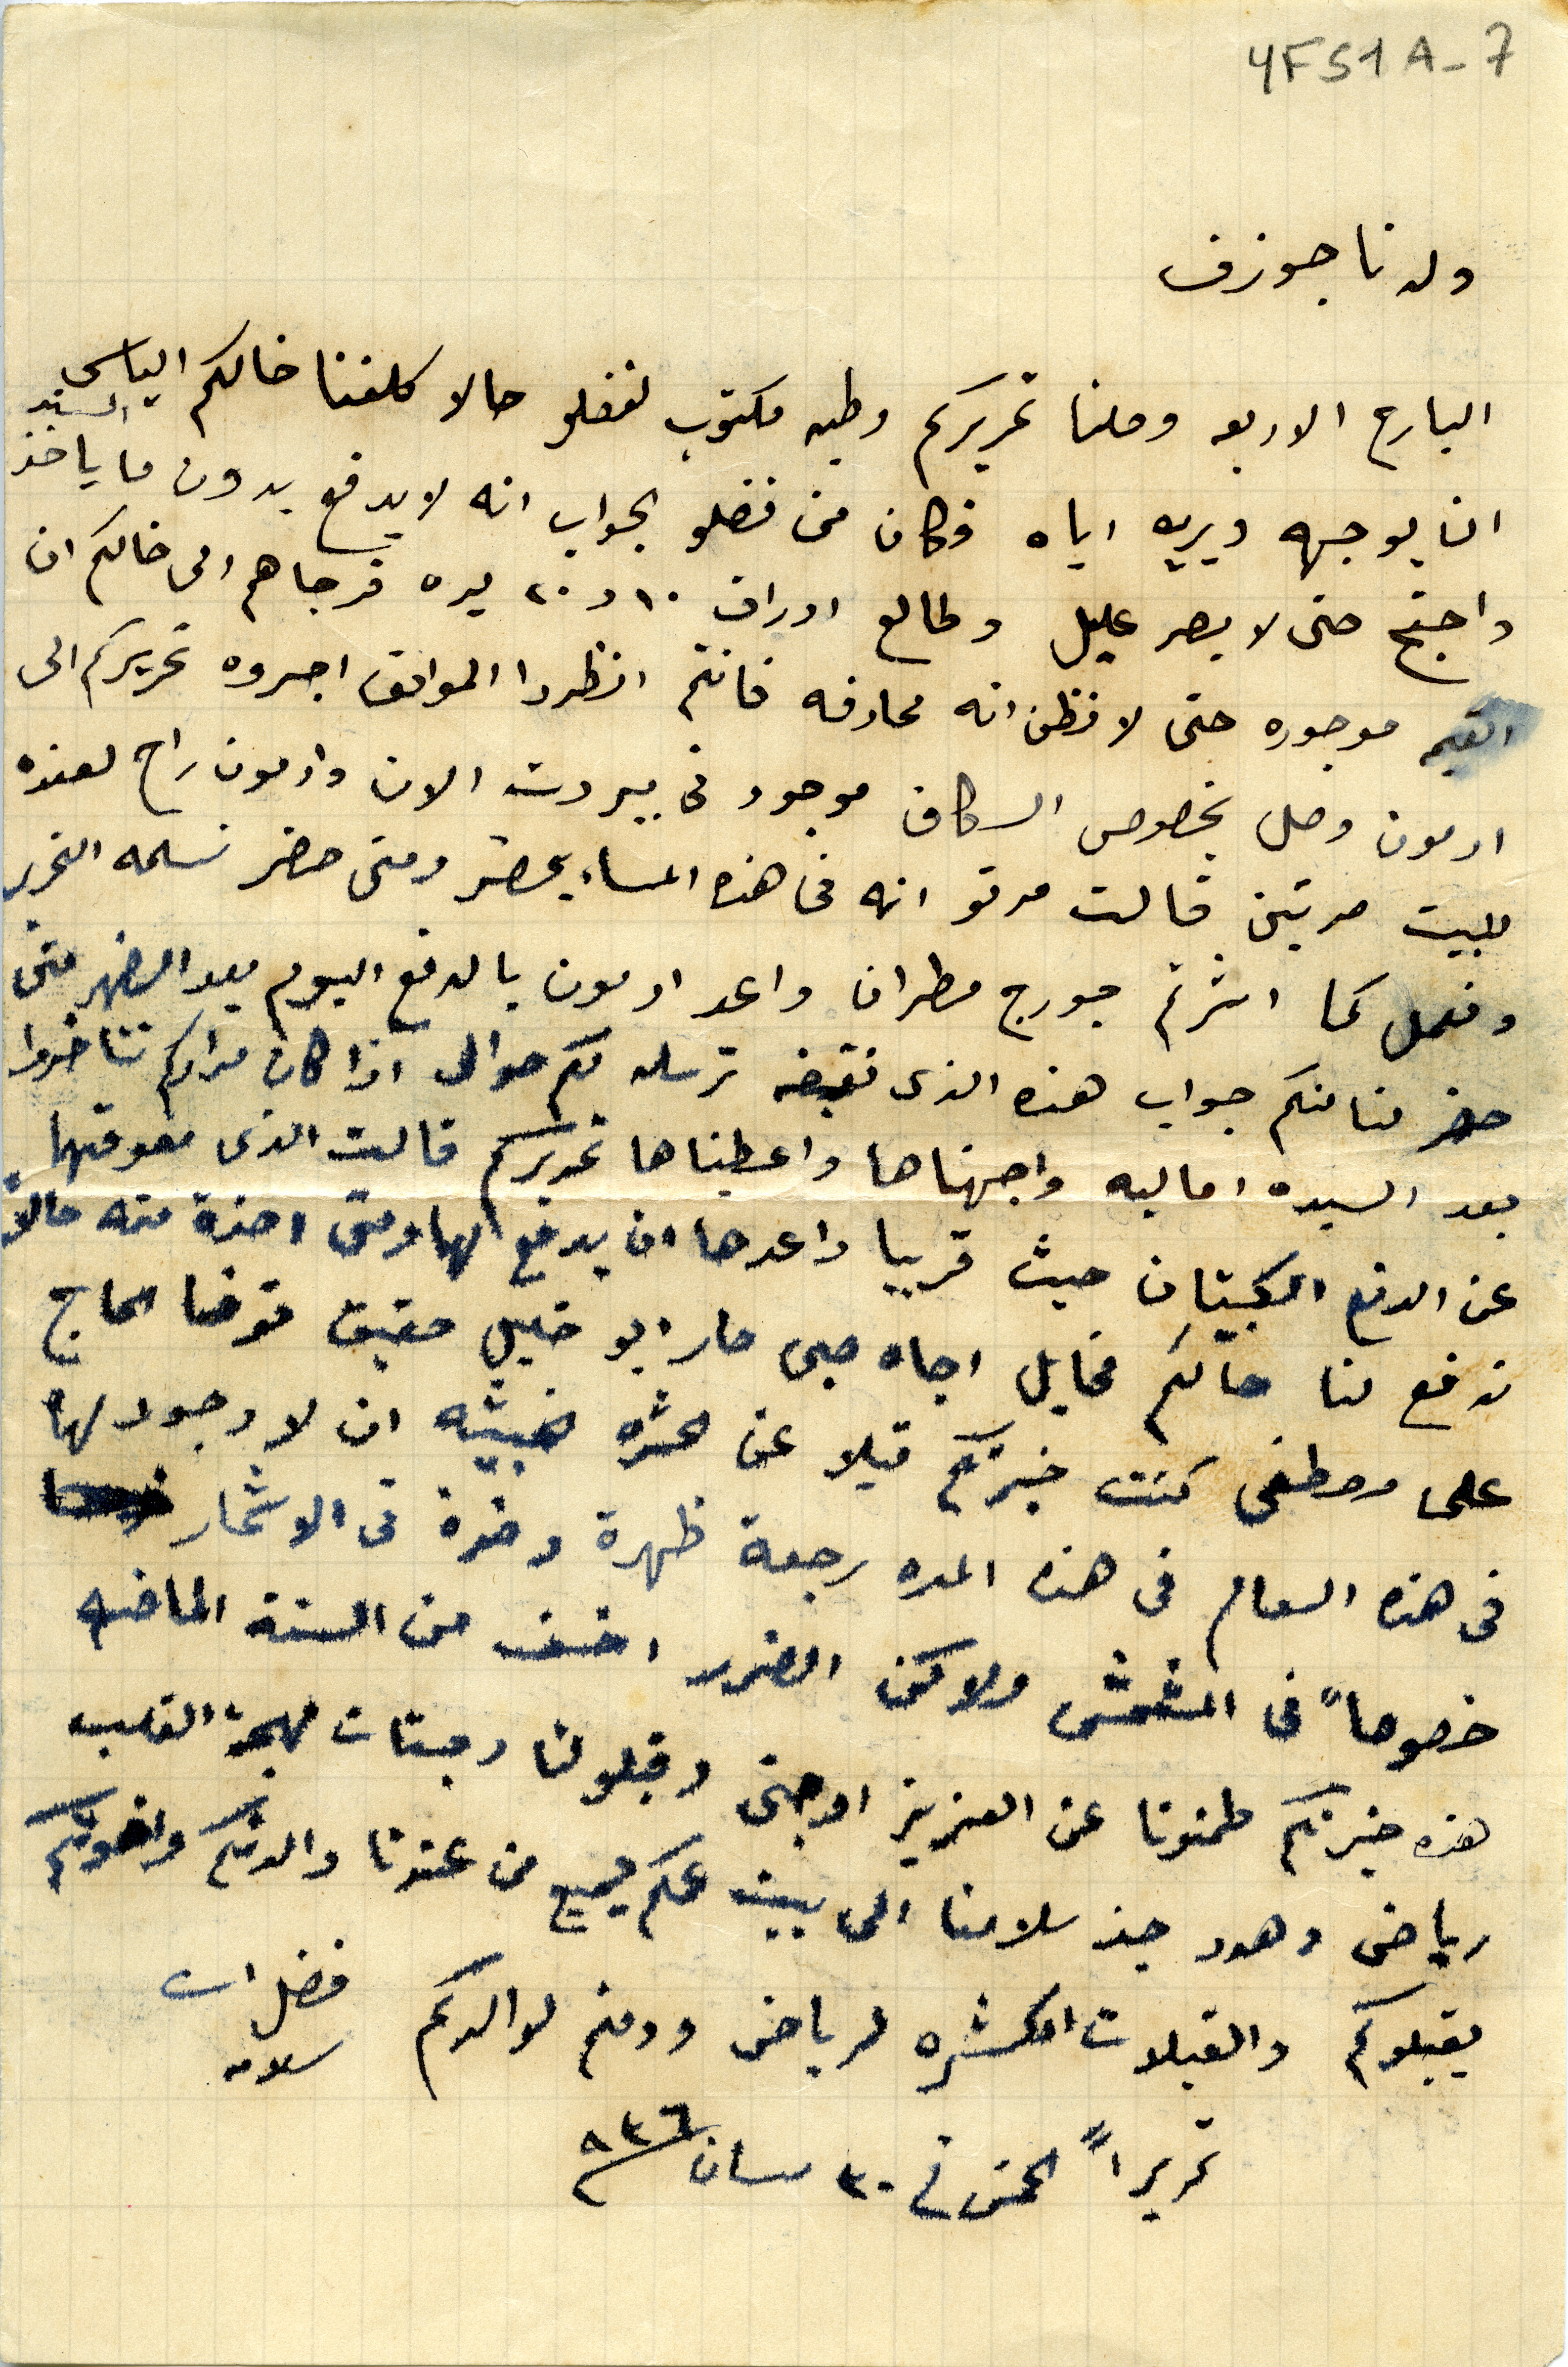
YFS1A-7
ولدنا جوزف
البارح الاربعه وصلنا تحريركم وطيه مكتوب لفضلو حالا كلفنا خالكم الياس السند
ان يوجهه ويريه اياه فكان من فضلو الجواب انه لا يدفع بدون ما ياخد
واحتج حتى لا يصر عليل وطالع اوراق ١٠ و ٢٠ ليره فرجاهم الى خالكم ان
القيمه موجوده حتى لا نظن انه محادفه فانتم انظروا المواقف اجروه تحريركم الى
ادمون وصل بخصوص السكاف موجود في بيروت الان وادمون راح لعنده
للبيت مرتين قالت مرتو انه في هذه المساء يحضر ومتى حضر نسلمه التحرير
ونعمل كما اشرتم جورج مطران واعد ادمون بالدفع اليوم بعد الضهر متى
حضر لنا منكم جواب هذه الذى نقبضه نرسله لكم حوالى اذا كان مرادكم تتاخروا
بعد السيده اماليه واجهناها واعطيناها تحريركم قالت الذى معوقها
عن الدفع الكبيتان حيث قريبا واعدها ان يدفع لها ومتى اخذة منه حالا
تدفع لنا حالكم مخايل اجاه صبى صار ابو خليل حقيق توفا الحاج
على مصطفى كنت خبرتكم قبلا عن الحشره الخبيثة ان لا وجود لها
في هذه العام في هذه المده رجعة ظهرة وضرة فى الاشحار
خصوصاً في المشمش ولاكن الضرر اخف من السنة الماضيه
هذه خبرناكم طمنونا عن العزيز اوجنى وقبلو لنا وجنات مهجة القلب
رياض وهدى حيز سلامنا الى بيت عمكم جميع من عندنا والدتكم واخوتكم
يقبلوكم والقبلات الكثره لرياض ودمتم لوالدكم
تحريراً الخمس فى ٣٠ نسان/٩٣٦
فضل الله سلامه